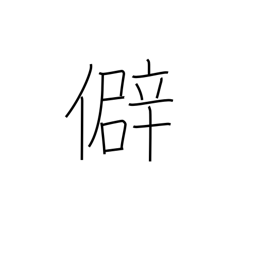
Meaning: prejudice